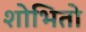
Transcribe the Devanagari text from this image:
शोभितो